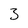
Character: 3